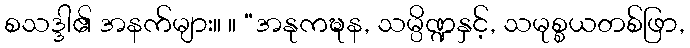
စသဒ္ဒါ၏ အနက်များ။ ။ “အနုကဍ္ဎန, သမ္ပိဏ္ဍနှင့်, သမုစ္စယတစ်ဖြာ,